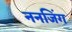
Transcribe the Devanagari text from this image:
ननजिंग